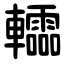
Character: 䡼